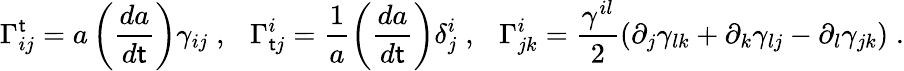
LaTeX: \Gamma_{ij}^{\sf t}=a\left(\frac{da}{d{\sf t}}\right)\gamma_{ij}\; ,~~~\Gamma_{{\sf t}j}^{i}=\frac{1}{a}\left(\frac{da}{d{\sf t}}\right)\delta_{j}^{i}\; ,~~~\Gamma_{jk}^{i}=\frac{\gamma^{il}}{2}(\partial_{j}\gamma_{lk}+\partial_{k}\gamma_{lj}-\partial_{l}\gamma_{jk})\; .